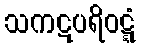
သကဋပရိဝဋ္ဋံ